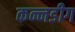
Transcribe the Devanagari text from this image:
कन्नडीग